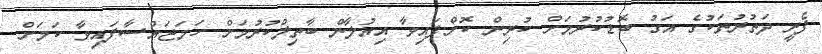
ފެރީ ދަތުރުތަކުގެ އަގު ބޮޑުކުރުމަށް ކުރިން ކޮށްފައިވާ އިއުލާން ބާތިލްކުރުމަށް ހަމަޖައްސާފައިވާ ކަމަށް